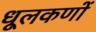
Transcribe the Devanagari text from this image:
धूलकणों